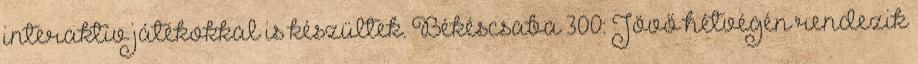
interaktív játékokkal is készültek. Békéscsaba 300: Jövő hétvégén rendezik